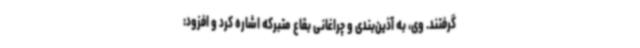
گرفتند. وی، به آذین‌بندی و چراغانی بقاع متبرکه اشاره کرد و افزود: